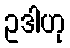
ဥဒါဟု